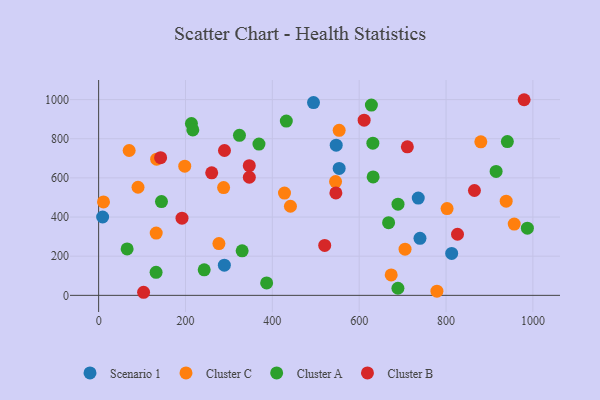
{"axis": {"x": "Price", "y": "Demand"}, "legend": ["Cluster A", "Cluster B", "Cluster C", "Scenario 1"], "data": [{"x": "740.0", "y": 291.2, "type": "Scenario 1"}, {"x": "813.0", "y": 214.0, "type": "Scenario 1"}, {"x": "289.5", "y": 153.9, "type": "Scenario 1"}, {"x": "736.0", "y": 496.9, "type": "Scenario 1"}, {"x": "547.1", "y": 767.0, "type": "Scenario 1"}, {"x": "494.8", "y": 984.9, "type": "Scenario 1"}, {"x": "553.9", "y": 648.6, "type": "Scenario 1"}, {"x": "9.2", "y": 400.2, "type": "Scenario 1"}, {"x": "441.7", "y": 455.1, "type": "Cluster C"}, {"x": "880.1", "y": 784.4, "type": "Cluster C"}, {"x": "779.0", "y": 21.4, "type": "Cluster C"}, {"x": "70.3", "y": 740.0, "type": "Cluster C"}, {"x": "277.0", "y": 264.3, "type": "Cluster C"}, {"x": "11.2", "y": 477.1, "type": "Cluster C"}, {"x": "705.6", "y": 235.9, "type": "Cluster C"}, {"x": "553.9", "y": 843.0, "type": "Cluster C"}, {"x": "198.3", "y": 659.8, "type": "Cluster C"}, {"x": "428.0", "y": 522.5, "type": "Cluster C"}, {"x": "132.6", "y": 318.3, "type": "Cluster C"}, {"x": "957.0", "y": 364.3, "type": "Cluster C"}, {"x": "673.7", "y": 104.3, "type": "Cluster C"}, {"x": "802.4", "y": 443.2, "type": "Cluster C"}, {"x": "133.6", "y": 695.6, "type": "Cluster C"}, {"x": "938.5", "y": 481.2, "type": "Cluster C"}, {"x": "287.8", "y": 550.4, "type": "Cluster C"}, {"x": "90.7", "y": 552.3, "type": "Cluster C"}, {"x": "545.6", "y": 581.1, "type": "Cluster C"}, {"x": "132.3", "y": 117.4, "type": "Cluster A"}, {"x": "631.5", "y": 777.6, "type": "Cluster A"}, {"x": "987.3", "y": 343.2, "type": "Cluster A"}, {"x": "689.2", "y": 36.3, "type": "Cluster A"}, {"x": "330.5", "y": 227.3, "type": "Cluster A"}, {"x": "632.1", "y": 604.7, "type": "Cluster A"}, {"x": "324.3", "y": 817.6, "type": "Cluster A"}, {"x": "369.2", "y": 772.7, "type": "Cluster A"}, {"x": "243.1", "y": 130.4, "type": "Cluster A"}, {"x": "689.4", "y": 465.9, "type": "Cluster A"}, {"x": "667.7", "y": 371.0, "type": "Cluster A"}, {"x": "915.3", "y": 632.8, "type": "Cluster A"}, {"x": "941.2", "y": 785.4, "type": "Cluster A"}, {"x": "65.6", "y": 237.1, "type": "Cluster A"}, {"x": "213.7", "y": 877.4, "type": "Cluster A"}, {"x": "432.2", "y": 890.3, "type": "Cluster A"}, {"x": "386.9", "y": 63.3, "type": "Cluster A"}, {"x": "144.7", "y": 479.1, "type": "Cluster A"}, {"x": "216.9", "y": 845.2, "type": "Cluster A"}, {"x": "628.1", "y": 971.9, "type": "Cluster A"}, {"x": "826.4", "y": 312.0, "type": "Cluster B"}, {"x": "865.4", "y": 535.7, "type": "Cluster B"}, {"x": "611.4", "y": 894.9, "type": "Cluster B"}, {"x": "142.7", "y": 703.3, "type": "Cluster B"}, {"x": "260.4", "y": 625.9, "type": "Cluster B"}, {"x": "103.5", "y": 15.7, "type": "Cluster B"}, {"x": "710.9", "y": 758.9, "type": "Cluster B"}, {"x": "520.6", "y": 255.2, "type": "Cluster B"}, {"x": "192.0", "y": 394.1, "type": "Cluster B"}, {"x": "289.8", "y": 739.9, "type": "Cluster B"}, {"x": "346.9", "y": 662.6, "type": "Cluster B"}, {"x": "546.3", "y": 523.2, "type": "Cluster B"}, {"x": "979.8", "y": 999.3, "type": "Cluster B"}, {"x": "347.0", "y": 603.4, "type": "Cluster B"}]}